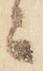
ニ